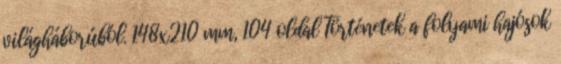
világháborúból. 148x210 mm, 104 oldal Történetek a folyami hajósok